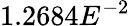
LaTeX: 1.2684E^{-2}